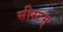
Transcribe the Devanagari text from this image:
सीस्टम्